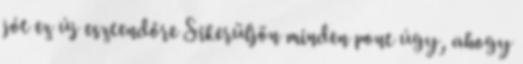
jót ez új esztendőre Sikerüljön minden pont úgy, ahogy